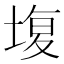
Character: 㙏